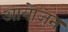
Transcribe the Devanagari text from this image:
आयेाजन